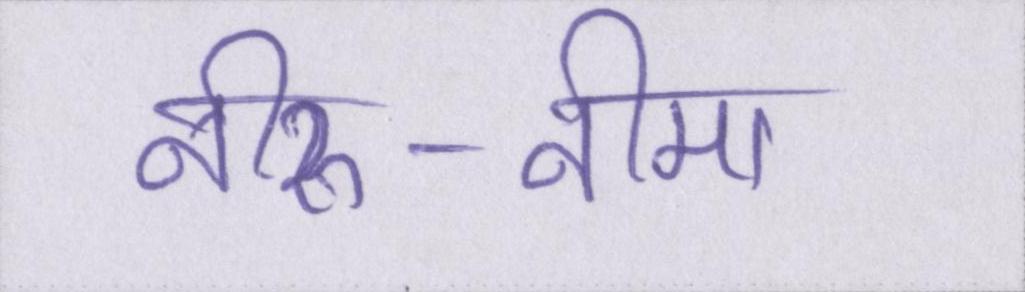
नीरु-नीमा